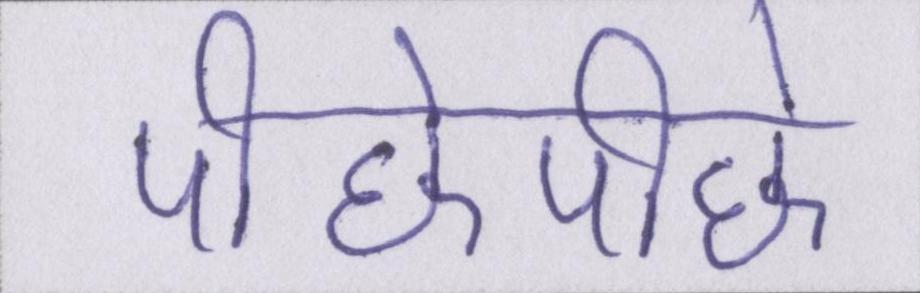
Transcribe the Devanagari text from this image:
पीछेपीछे